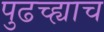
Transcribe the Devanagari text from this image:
पुढच्ह्याच